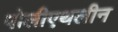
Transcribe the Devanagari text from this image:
पोलीएथलीन